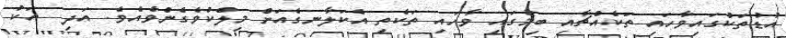
އުޑުތަކުގައިވާހައި ތަކެއްޗާއި ބިމުގައި ވާހައި ތަކެތި އެކަލާނގެއަށް މިލްކުވެގެންވެއެވެ. އަދި  އަކު